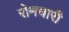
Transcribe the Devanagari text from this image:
रोमधारी